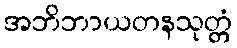
အဘိဘာယတနသုတ္တံ